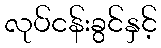
လုပ်ငန်းခွင်နှင့်